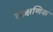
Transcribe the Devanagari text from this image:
तत्क्षणिक